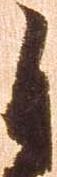
自